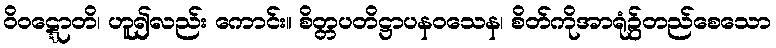
ဝိဝဋ္ဋောတိ၊ ဟူ၍လည်း ကောင်း။ စိတ္တပတိဋ္ဌာပနဝသေန၊ စိတ်ကိုအာရုံ၌တည်စေသော